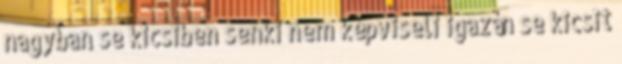
nagyban se kicsiben senki nem képviseli igazán se kicsit